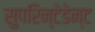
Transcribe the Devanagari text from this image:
सुपरिन्टेडेन्ट